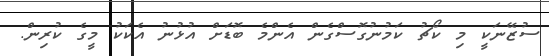
ސުޒޭނަކީ މި ކޯޗު ކަމުނުގޮސްގެން އެންމެ ބޮޑަށް އުޅުނު އެކަކު މީގެ ކުރިން.